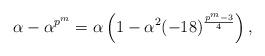
LaTeX: \begin{align*} \alpha - \alpha^{p^m} &= \alpha\left(1 - \alpha^2(-18)^{\frac{p^m-3}{4}}\right) , \end{align*}